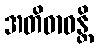
အတိဓာဝန္တိ